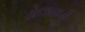
ઢોલાવાડી